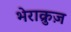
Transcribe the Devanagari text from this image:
भेराक्रुज़